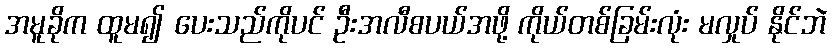
အမူခိုက ထူမ၍ ပေးသည်ကိုပင် ဦးအလီစပယ်အဖို့ ကိုယ်တစ်ခြမ်းလုံး မလှုပ် နိုင်ဘဲ